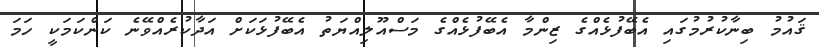
ޤައުމު ބިނާކުރުމުގައި އެބޭފުޅެއްގެ ޒިންމާ އެބޭފުޅެއްގެ މަސްއޫލިއްޔަތު އެބޭފުޅަކަށް އަދާކުރެއްވޭނެ ކަންކަމަކީ ހަމަ